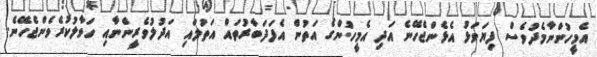
އެމީހުންނާމެދުވެސް ފިޔަވަޅު އެޅެންޖެހޭނެ އަދި އެމީހުންގެ އަތުން އެފަދަބާރުތައް އަތުލައި އަދުލުވެރީންނާއި ހަވާލުކުރެވެންޖެހޭނެ.